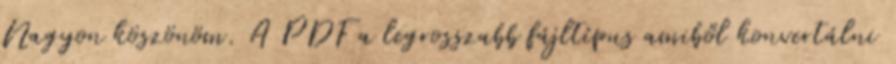
Nagyon köszönöm. A PDF a legrosszabb fájltípus amiből konvertálni